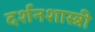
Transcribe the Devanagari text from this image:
दर्शनशास्‍त्री